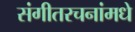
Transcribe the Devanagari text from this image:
संगीतरचनांमधे